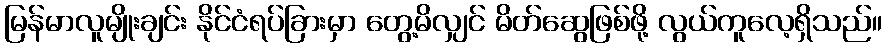
မြန်မာလူမျိုးချင်း နိုင်ငံရပ်ခြားမှာ တွေ့မိလျှင် မိတ်ဆွေဖြစ်ဖို့ လွယ်ကူလေ့ရှိသည်။